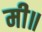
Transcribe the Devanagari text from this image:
मी॥